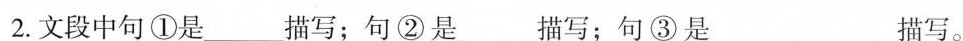
2.文段中句①是____描写；句②是____描写；句③是_____描写。